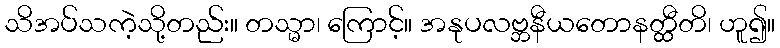
သိအပ်သကဲ့သို့တည်း။ တသ္မာ၊ ကြောင့်။ အနုပလဗ္ဘနီယတောနတ္ထီတိ၊ ဟူ၍။